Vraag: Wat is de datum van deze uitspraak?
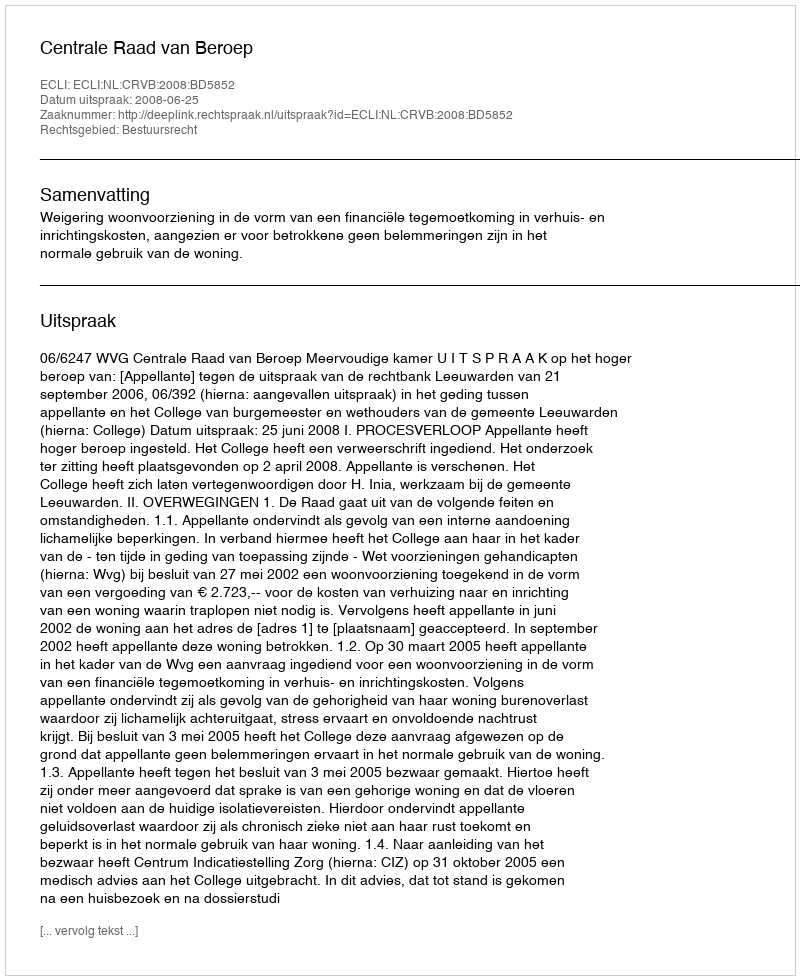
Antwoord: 2008-06-25